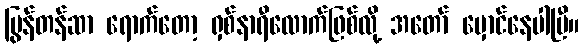
ပြွန်တန်ဆာ ရောက်တော့ ရှစ်နာရီလောက်ဖြစ်လို့ အတော် မှောင်နေပါပြီ။